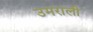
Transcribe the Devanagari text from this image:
उमराली